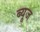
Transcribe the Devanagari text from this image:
ब्यूज